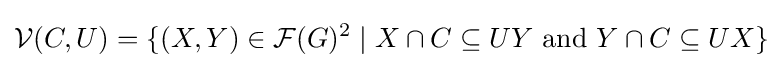
{\mathcal {V}}(C,U)=\{(X,Y)\in {\mathcal {F}}(G)^{2}\mid X\cap C\subseteq UY{\text{ and }}Y\cap C\subseteq UX\}